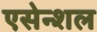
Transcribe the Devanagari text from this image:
एसेन्शल